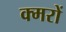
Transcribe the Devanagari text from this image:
क्मरों